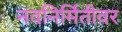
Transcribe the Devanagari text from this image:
नवनिर्मितीवर